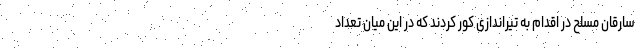
سارقان مسلح در اقدام به تیراندازی کور کردند که در این میان تعداد